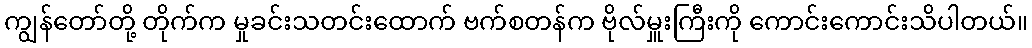
ကျွန်တော်တို့ တိုက်က မှုခင်းသတင်းထောက် ဗက်စတန်က ဗိုလ်မှူးကြီးကို ကောင်းကောင်းသိပါတယ်။